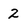
Character: 2